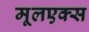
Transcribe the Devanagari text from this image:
मूलएक्स